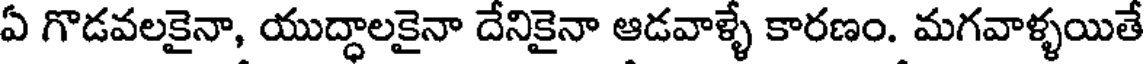
ఏ గొడవలకైనా, యుద్ధాలకైనా దేనికైనా ఆడవాళ్ళే కారణం. మగవాళ్ళయితే